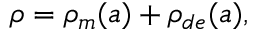
\rho = \rho _ { m } ( a ) + \rho _ { d e } ( a ) ,